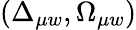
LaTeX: (\Delta_{\mu w},\Omega_{\mu w})